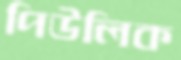
পিউলিক